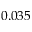
0 . 0 3 5